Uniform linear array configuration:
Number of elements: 24
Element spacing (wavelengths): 0.25
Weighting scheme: uniform
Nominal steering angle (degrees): -60
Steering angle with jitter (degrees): -60.491
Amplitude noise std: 0.05
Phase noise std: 0.05

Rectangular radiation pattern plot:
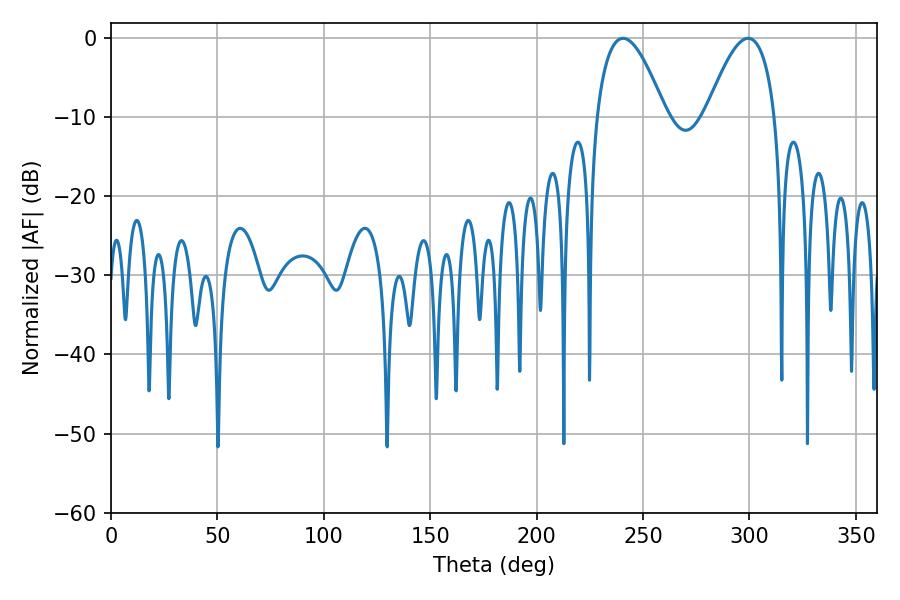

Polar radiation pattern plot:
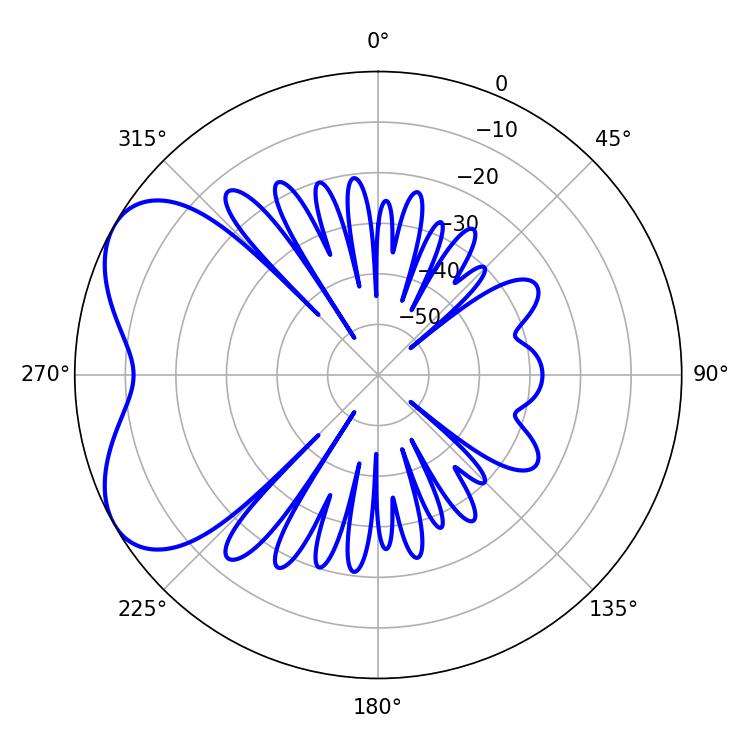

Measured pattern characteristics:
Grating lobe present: FALSE
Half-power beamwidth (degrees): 17.64
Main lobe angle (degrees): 240.66